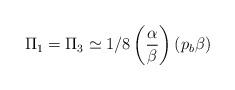
LaTeX: \begin{align*}\Pi_1 = \Pi_3 \simeq 1/8 \left( \alpha \over \beta \right) \left( p_b \beta \right)\end{align*}